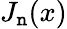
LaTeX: J_{\mathtt{n}}(x)